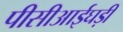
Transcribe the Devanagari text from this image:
पीसीआईघड़ी